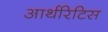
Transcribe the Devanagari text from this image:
आर्थरिटिस